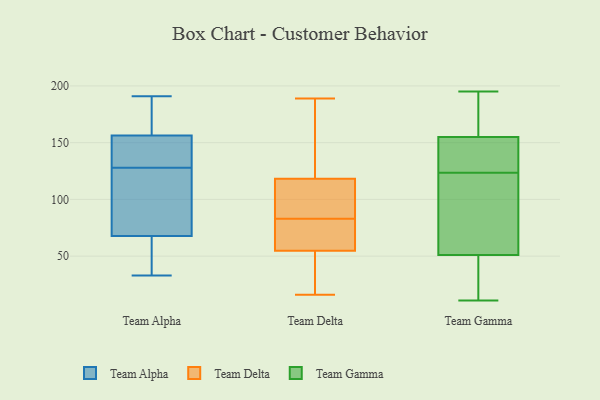
{"axis": {"x": "Latency (ms)", "y": "Value"}, "legend": ["Team Alpha", "Team Delta", "Team Gamma"], "data": [{"x": "", "y": 61, "type": "Team Alpha"}, {"x": "", "y": 33, "type": "Team Alpha"}, {"x": "", "y": 191, "type": "Team Alpha"}, {"x": "", "y": 70, "type": "Team Alpha"}, {"x": "", "y": 106, "type": "Team Alpha"}, {"x": "", "y": 171, "type": "Team Alpha"}, {"x": "", "y": 160, "type": "Team Alpha"}, {"x": "", "y": 44, "type": "Team Alpha"}, {"x": "", "y": 127, "type": "Team Alpha"}, {"x": "", "y": 128, "type": "Team Alpha"}, {"x": "", "y": 155, "type": "Team Alpha"}, {"x": "", "y": 139, "type": "Team Alpha"}, {"x": "", "y": 149, "type": "Team Alpha"}, {"x": "", "y": 16, "type": "Team Delta"}, {"x": "", "y": 82, "type": "Team Delta"}, {"x": "", "y": 53, "type": "Team Delta"}, {"x": "", "y": 91, "type": "Team Delta"}, {"x": "", "y": 105, "type": "Team Delta"}, {"x": "", "y": 102, "type": "Team Delta"}, {"x": "", "y": 186, "type": "Team Delta"}, {"x": "", "y": 20, "type": "Team Delta"}, {"x": "", "y": 189, "type": "Team Delta"}, {"x": "", "y": 113, "type": "Team Delta"}, {"x": "", "y": 120, "type": "Team Delta"}, {"x": "", "y": 78, "type": "Team Delta"}, {"x": "", "y": 69, "type": "Team Delta"}, {"x": "", "y": 33, "type": "Team Delta"}, {"x": "", "y": 83, "type": "Team Delta"}, {"x": "", "y": 180, "type": "Team Delta"}, {"x": "", "y": 18, "type": "Team Delta"}, {"x": "", "y": 60, "type": "Team Delta"}, {"x": "", "y": 124, "type": "Team Delta"}, {"x": "", "y": 100, "type": "Team Gamma"}, {"x": "", "y": 195, "type": "Team Gamma"}, {"x": "", "y": 132, "type": "Team Gamma"}, {"x": "", "y": 127, "type": "Team Gamma"}, {"x": "", "y": 25, "type": "Team Gamma"}, {"x": "", "y": 165, "type": "Team Gamma"}, {"x": "", "y": 25, "type": "Team Gamma"}, {"x": "", "y": 145, "type": "Team Gamma"}, {"x": "", "y": 120, "type": "Team Gamma"}, {"x": "", "y": 186, "type": "Team Gamma"}, {"x": "", "y": 77, "type": "Team Gamma"}, {"x": "", "y": 11, "type": "Team Gamma"}]}